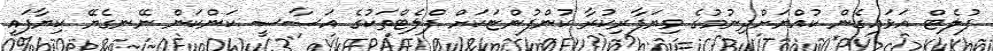
ފުލެޓް އަޅައިގެން ކުއްޔަށްދިނުމުގެ ވިޔަފާރިކުރާ ކުންފުންޏަކަށް ފްލެޓްތަކުގެ އަސާސީ ކަންކަން ނޭނގެޔޭ ކިޔާފައި